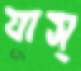
যাস্